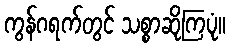
ကွန်ဂရက်တွင် သစ္စာဆိုကြပုံ။